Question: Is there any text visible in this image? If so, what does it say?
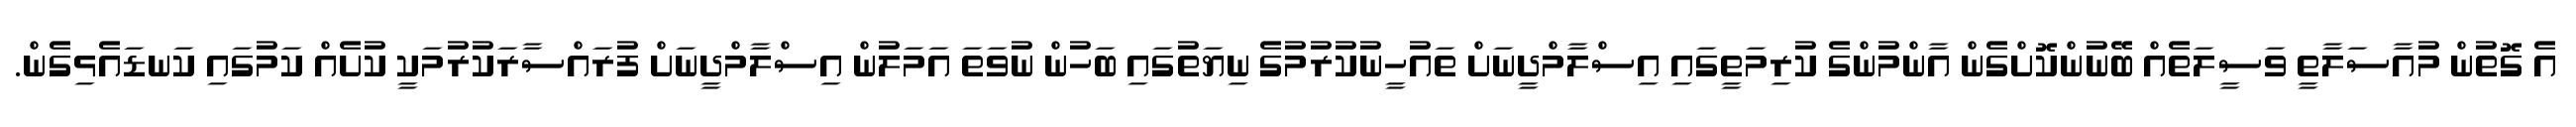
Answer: އެ ގޮތުން މުއާސަލާތީ ވަސީލަތެއް ބޭނުންކޮށްގެން އާންމުންގެ ކުރިމަތީގައި އިސްލާމްދީނަށް ތައުހީނުކުރުމުގެ ނިޔަތުގައި ބަހުން ނުވަތަ އަމަލުން އިސްލާމްދީނަށް ފުރައްސާރަކުރުމަކީ ކުށެއް ކަމުގައި ކަނޑައެޅިގެން.